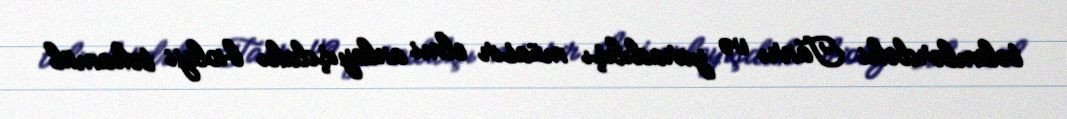
təlimlərdəki Tanrı və yaradılışı müasir elmi anlayışdakı bioloji təkamül